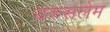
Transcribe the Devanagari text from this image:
यरुसलेम